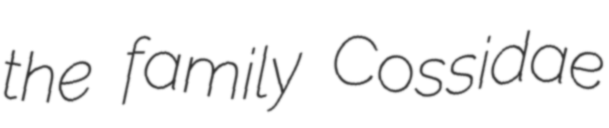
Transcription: the family Cossidae